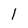
Character: 1